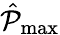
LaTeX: \hat{\mathcal{P}}_{\operatorname*{max}}